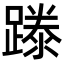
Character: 𨄇